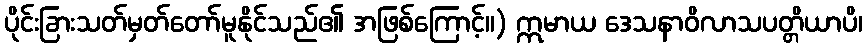
ပိုင်းခြားသတ်မှတ်တော်မူနိုင်သည်၏ အဖြစ်ကြောင့်။) ဣမာယ ဒေသနာဝိလာသပတ္တိယာပိ၊